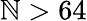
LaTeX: \mathbb{N}>64